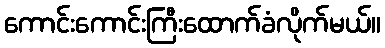
ကောင်းကောင်းကြီးထောက်ခံလိုက်မယ်။